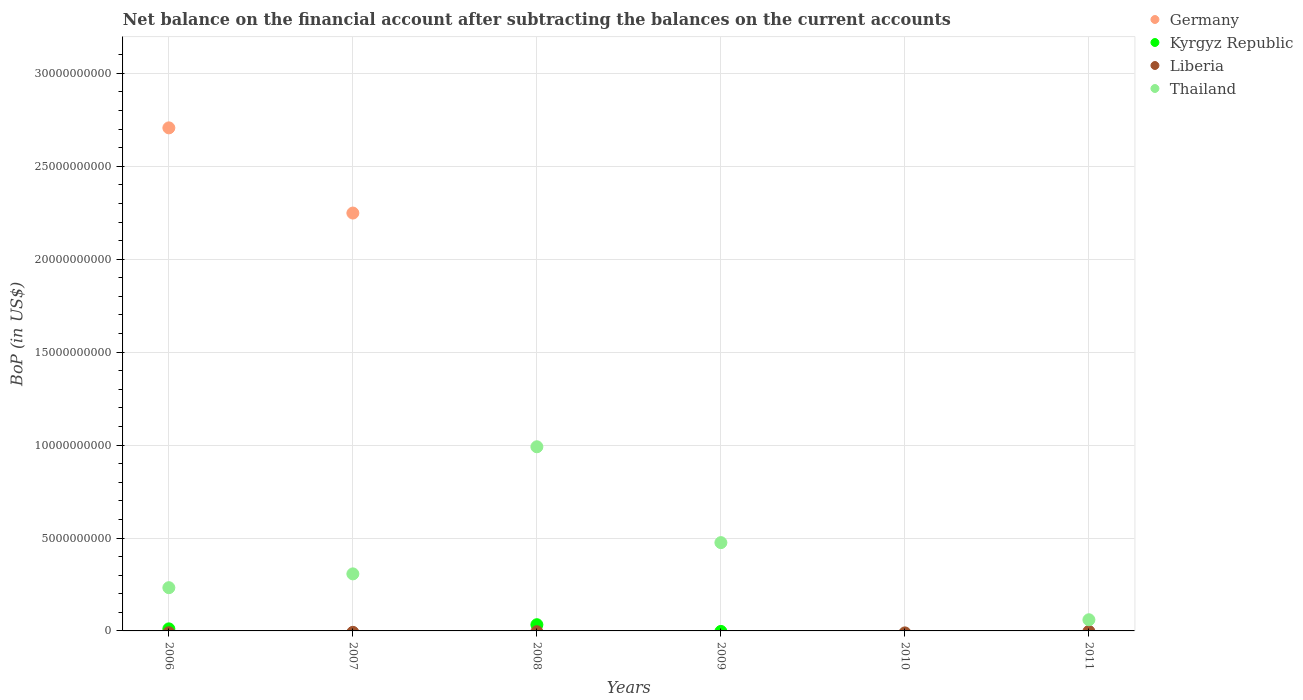
| Years | Germany | Kyrgyz Republic | Liberia | Thailand |
 | --- | --- | --- | --- | --- |
 | 2006 | 2.71e+10 | 1.1e+08 | -9.84e+07 | 2.33e+09 |
 | 2007 | 2.25e+10 | -4.76e+08 | -7.6e+07 | 3.07e+09 |
 | 2008 | -2.76e+10 | 3.34e+08 | -4.27e+07 | 9.91e+09 |
 | 2009 | -2.86e+10 | -2.7e+07 | -2.88e+08 | 4.75e+09 |
 | 2010 | -7.12e+10 | -1.5e+08 | -1.06e+08 | -3.84e+09 |
 | 2011 | -6.25e+10 | -2.88e+08 | -2.68e+07 | 6.01e+08 |